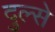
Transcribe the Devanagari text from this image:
दुल्से